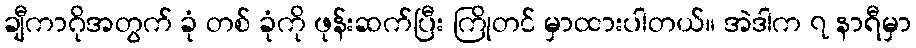
ချီကာဂိုအတွက် ခုံ တစ် ခုံကို ဖုန်းဆက်ပြီး ကြိုတင် မှာထားပါတယ်။ အဲဒါက ၇ နာရီမှာ